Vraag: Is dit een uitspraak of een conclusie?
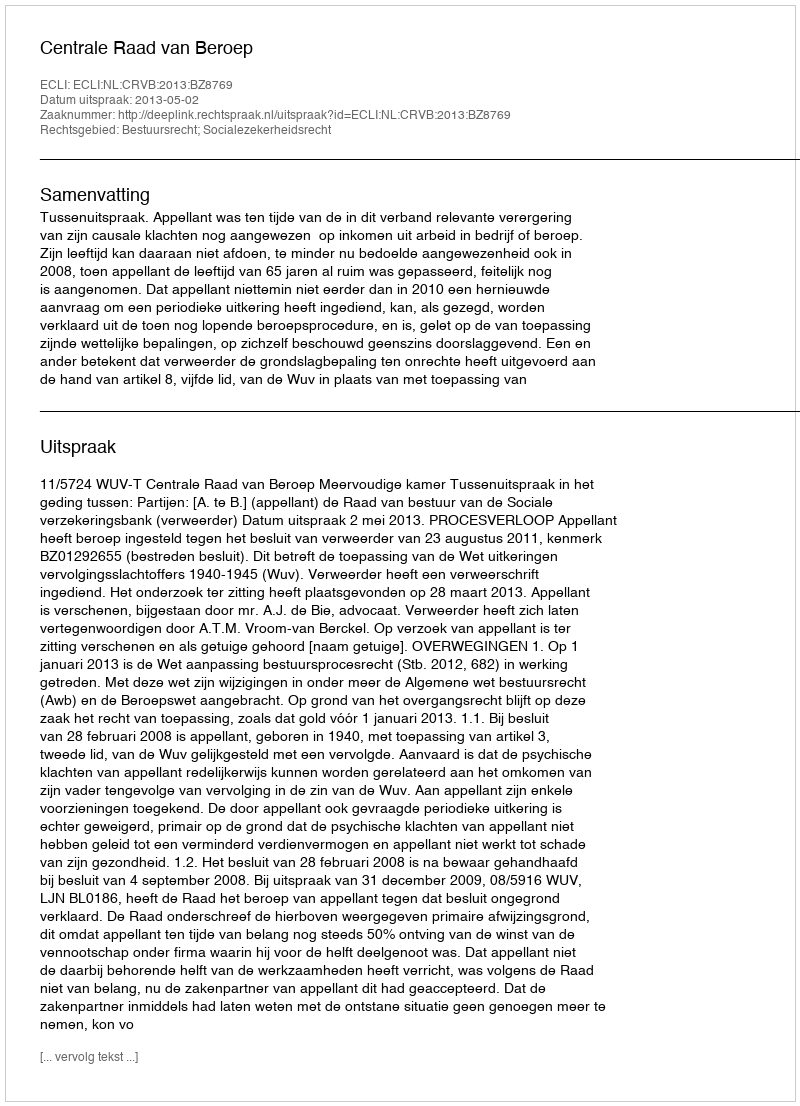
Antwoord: Uitspraak